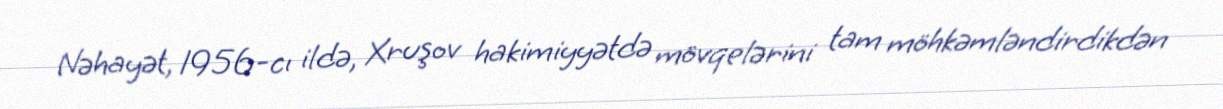
Nəhayət, 1956-cı ildə, Xruşov hakimiyyətdə mövqelərini tam möhkəmləndirdikdən